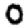
Digit: 0